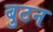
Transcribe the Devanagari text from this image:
बुटन